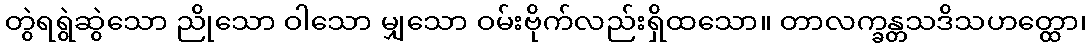
တွဲရရွဲဆွဲသော ညိုသော ဝါသော မျှသော ဝမ်းဗိုက်လည်းရှိထသော။ တာလက္ခန္တသဒိသဟတ္ထော၊